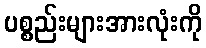
ပစ္စည်းများအားလုံးကို